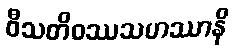
ဝီသတိဝဿသဟဿာနိ